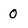
Character: 0